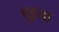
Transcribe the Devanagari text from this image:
पुइया